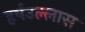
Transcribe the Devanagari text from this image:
हर्षउल्लास